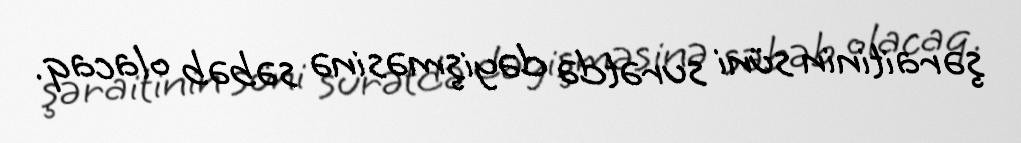
şəraitinin süni surətdə dəyişməsinə səbəb olacaq.